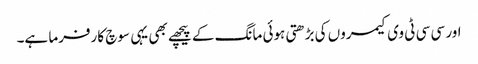
اور سی سی ٹی وی کیمروں کی بڑھتی ہوئی مانگ کے پیچھے بھی یہی سوچ کارفرما ہے۔